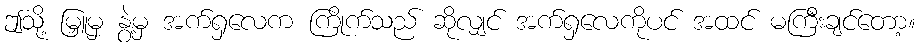
ဤသို့ မြှူမှ နွဲ့မှ အက်ရှလေက ကြိုက်သည် ဆိုလျှင် အက်ရှလေကိုပင် အထင် မကြီးချင်တော့။